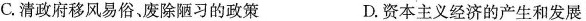
C.清政府移风易俗、废除陋习的政策 D.资本主义经济的产生和发展